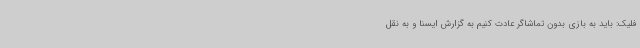
فلیک: باید به بازی بدون تماشاگر عادت کنیم به گزارش ایسنا و به نقل